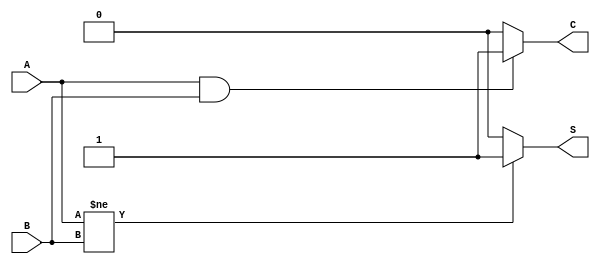
module ha(output reg S,C, input A,B);
	always @(A or B) begin
	if (A!= B)
	begin 
		S=1'b1;
		
	end
	else
		S=1'b0;
	
	if (A==1'b1 & B==1'b1)
	begin
		C=1'b1;
	end
	else 
		C=1'b0;
	end
	
endmodule

module ha_tb;
	reg A,B;
	wire S,C;

	ha i(S,C,A,B);
	initial begin
		A=0;B=0;
		#1 A=0;B=1;
		#1 A=1;B=0;
		#1 A=1;B=1;
	end

	initial begin
	$monitor("%t|A=%d|B=%d|S=%d|Cout=%d|", $time,A,B,S,C);
	end
endmodule